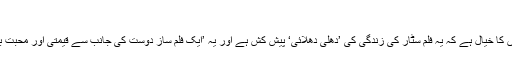
‘
جبکہ دوسروں کا خیال ہے کہ یہ فلم سٹار کی زندگی کی ’دھلی دھلائی‘ پیش کش ہے اور یہ ’ایک فلم ساز دوست کی جانب سے قیمتی اور محبت بھرا تحفہ ہے۔